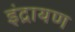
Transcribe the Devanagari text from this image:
इंद्रायण